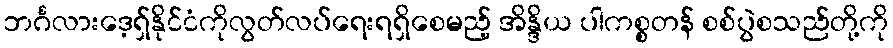
ဘင်္ဂလားဒေ့ရှ်နိုင်ငံကိုလွတ်လပ်ရေးရရှိစေမည့် အိန္ဒိယ ပါကစ္စတန် စစ်ပွဲစသည်တို့ကို